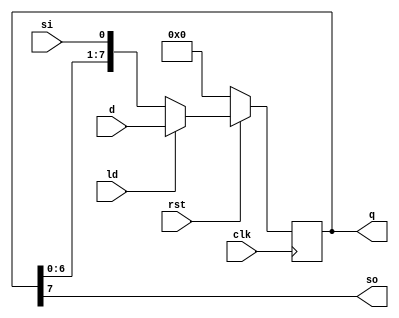
`timescale 1ns / 1ps
//////////////////////////////////////////////////////////////////////////////////
// Company: 
// Engineer: 
// 
// Design Name: 
// Module Name: shift_reg8
// Project Name: 
// Target Devices: 
// Tool Versions: 
// Description: 
// 
// Dependencies: 
// 
// Revision:
// Revision 0.01 - File Created
// Additional Comments:
// 
//////////////////////////////////////////////////////////////////////////////////


module shift_reg8(d, si, clk, rst, ld, so, q);
    input[7:0] d;
    input si, clk, rst, ld;
    output so;
    output reg[7:0] q;

    always @(posedge clk) begin
        if(rst == 1'b0)
            q <= 8'b00000000;
        else if(ld == 1'b1)
            q <= d;
        else
            q <= {q[6:0], si};
    end

    assign so = q[7];
endmodule